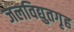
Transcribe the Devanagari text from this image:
जलविद्युतगृह